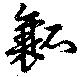
瓤